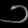
Digit: ၁